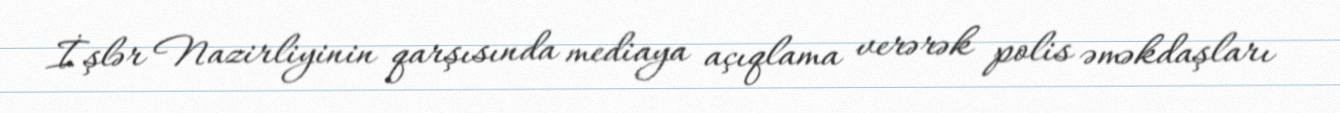
İşlər Nazirliyinin qarşısında mediaya açıqlama verərək polis əməkdaşları